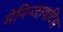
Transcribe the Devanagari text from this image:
मेनिन्जायटिस